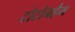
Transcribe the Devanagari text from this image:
टोटोनहैम